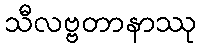
သီလဗ္ဗတာနာဿု